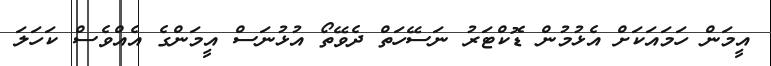
އީމަން ހަމައަކަށް އެޅުމުން ޑޮކްޓަރު ނަސޭހަތް ދެވޭތޯ އުޅުނަސް އީމަންގެ އެއްވެސް ކަހަލަ